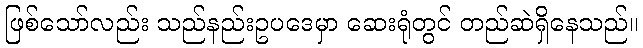
ဖြစ်သော်လည်း သည်နည်းဥပဒေမှာ ဆေးရုံတွင် တည်ဆဲရှိနေသည်။